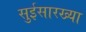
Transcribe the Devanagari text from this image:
सुईसारख्या